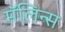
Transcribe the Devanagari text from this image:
मॅलिन्स